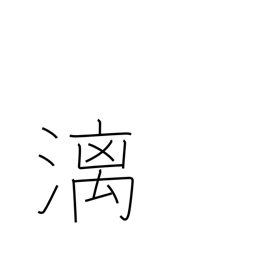
Meaning: dropping